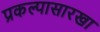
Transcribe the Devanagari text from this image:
प्रकल्पासारखा